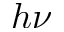
h \nu